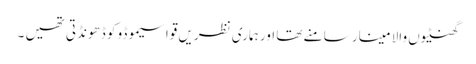
گھنٹیوں والا مینار سامنے تھا اور ہماری نظریں قواسیموڈو کو ڈھونڈتی تھیں ۔